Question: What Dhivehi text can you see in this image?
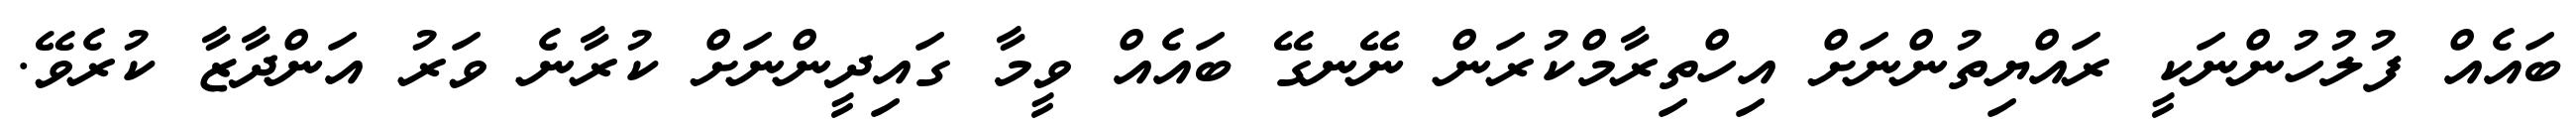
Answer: ބައެއް ފުލުހުންނަކީ ރައްޔިތުންނަށް އިހްތިރާމްކުރަން ނޭނގޭ ބައެއް ވީމާ ގައިދީންނަށް ކުރާނެ ވަރު އަންދާޒާ ކުރެވޭ.